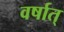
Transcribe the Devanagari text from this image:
वर्षात्